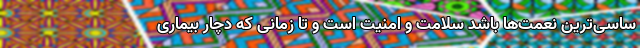
ساسی‌ترین نعمت‌ها باشد سلامت و امنیت است و تا زمانی که دچار بیماری